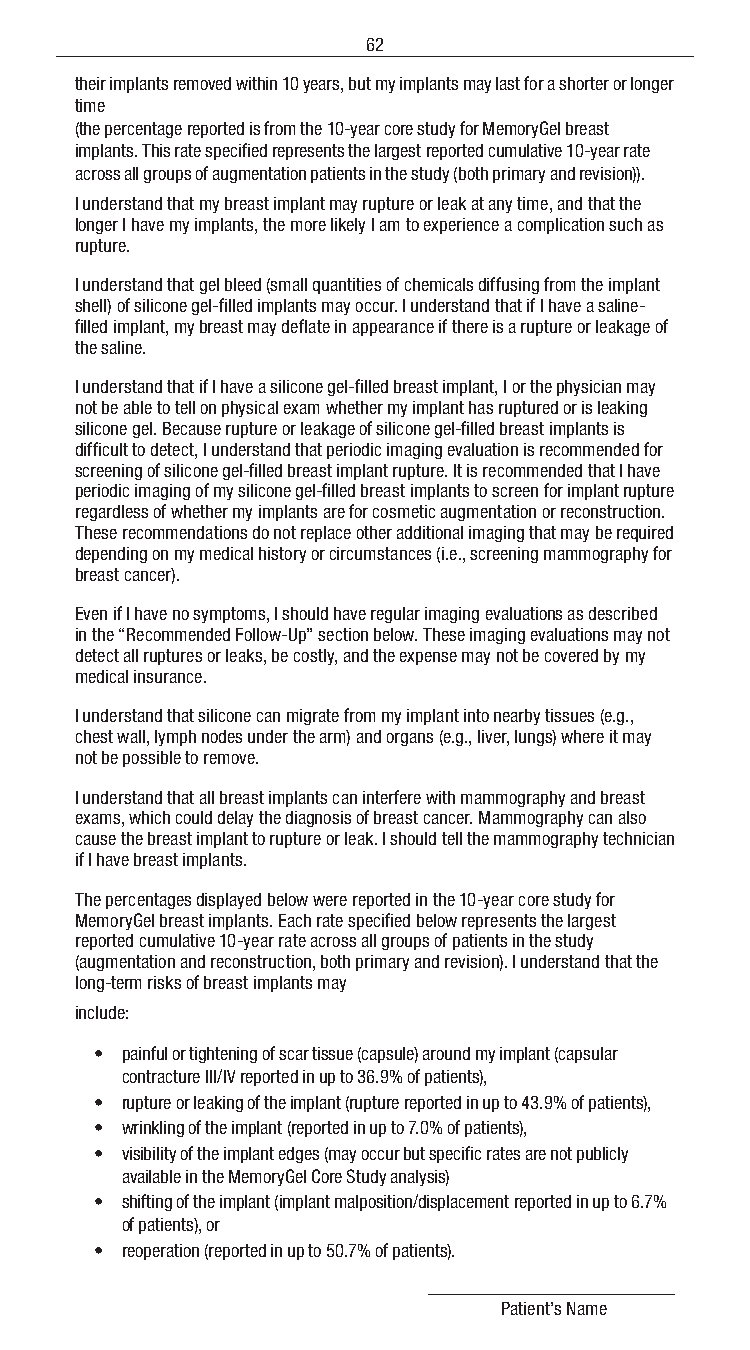
62
 their implants removed within 10 years, but my implants may last for a shorter or longer
 time
 (the percentage reported is from the 10-year core study for MemoryGel breast
 implants. This rate specified represents the largest reported cumulative 10-year rate
 across all groups of augmentation patients in the study (both primary and revision)).
 I understand that my breast implant may rupture or leak at any time, and that the
 longer I have my implants, the more likely I am to experience a complication such as
 rupture.
 I understand that gel bleed (small quantities of chemicals diffusing from the implant
 shell) of silicone gel-filled implants may occur. I understand that if I have a saline-
 filled implant, my breast may deflate in appearance if there is a rupture or leakage of
 the saline.
 I understand that if I have a silicone gel-filled breast implant, I or the physician may
 not be able to tell on physical exam whether my implant has ruptured or is leaking
 silicone gel. Because rupture or leakage of silicone gel-filled breast implants is
 difficult to detect, I understand that periodic imaging evaluation is recommended for
 screening of silicone gel-filled breast implant rupture. It is recommended that I have
 periodic imaging of my silicone gel-filled breast implants to screen for implant rupture
 regardless of whether my implants are for cosmetic augmentation or reconstruction.
 These recommendations do not replace other additional imaging that may be required
 depending on my medical history or circumstances (i.e., screening mammography for
 breast cancer).
 Even if I have no symptoms, I should have regular imaging evaluations as described
 in the “Recommended Follow-Up” section below. These imaging evaluations may not
 detect all ruptures or leaks, be costly, and the expense may not be covered by my
 medical insurance.
 I understand that silicone can migrate from my implant into nearby tissues (e.g.,
 chest wall, lymph nodes under the arm) and organs (e.g., liver, lungs) where it may
 not be possible to remove.
 I understand that all breast implants can interfere with mammography and breast
 exams, which could delay the diagnosis of breast cancer. Mammography can also
 cause the breast implant to rupture or leak. I should tell the mammography technician
 if I have breast implants.
 The percentages displayed below were reported in the 10-year core study for
 MemoryGel breast implants. Each rate specified below represents the largest
 reported cumulative 10-year rate across all groups of patients in the study
 (augmentation and reconstruction, both primary and revision). I understand that the
 long-term risks of breast implants may
 include:
 • painful or tightening of scar tissue (capsule) around my implant (capsular
 contracture III/IV reported in up to 36.9% of patients),
 • rupture or leaking of the implant (rupture reported in up to 43.9% of patients),
 • wrinkling of the implant (reported in up to 7.0% of patients),
 • visibility of the implant edges (may occur but specific rates are not publicly
 available in the MemoryGel Core Study analysis)
 • shifting of the implant (implant malposition/displacement reported in up to 6.7%
 of patients), or
 • reoperation (reported in up to 50.7% of patients).
 Patient’s Name